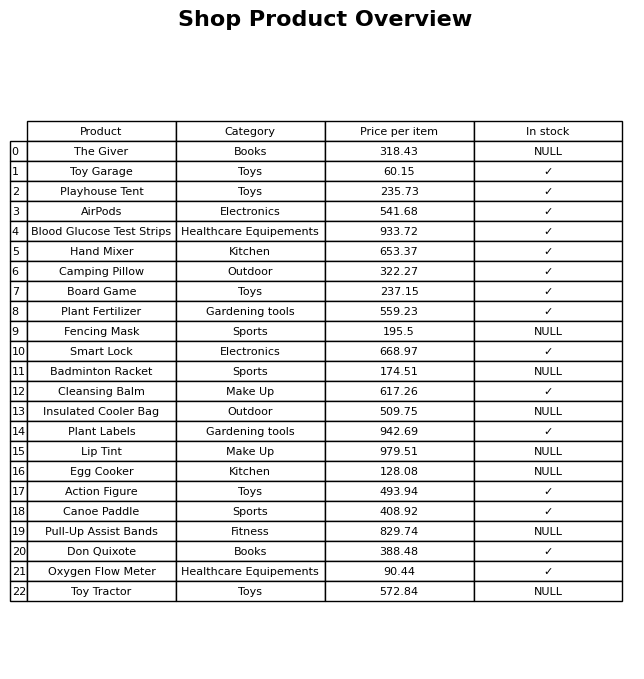
question: What is the price for Camping Pillow?
answer: The price of Camping Pillow is 322.27.